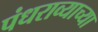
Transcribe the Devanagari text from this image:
पंधराव्याच्या